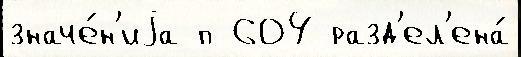
значе́н'иjа п 604 разд'ел'ена́